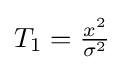
\textstyle T_{1}={\frac {x^{2}}{\sigma ^{2}}}